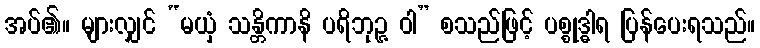
အပ်၏။ များလျှင် “မယှံ သန္တိကာနိ ပရိဘုဉ္ဇ ဝါ” စသည်ဖြင့် ပစ္စုဒ္ဓါရ ပြန်ပေးရသည်။